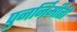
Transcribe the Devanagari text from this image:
पुनर्निर्मीती